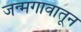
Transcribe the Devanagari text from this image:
जन्मगावातून